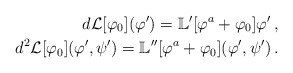
\begin{align*}d\mathcal L[\varphi_0](\varphi^\prime)=\mathbb L^\prime[\varphi^a+\varphi_0]\varphi^\prime\,,\\d^2\mathcal L[\varphi_0](\varphi^\prime, \psi^\prime)=\mathbb L^{\prime\prime}[\varphi^a+\varphi_0](\varphi^\prime, \psi^\prime)\,.\end{align*}